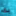
بك